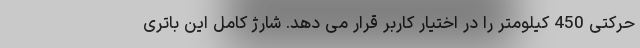
حرکتی 450 کیلومتر را در اختیار کاربر قرار می دهد. شارژ کامل این باتری